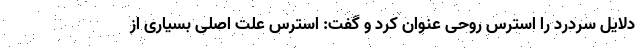
دلایل سردرد را استرس روحی عنوان کرد و گفت: استرس علت اصلی بسیاری از